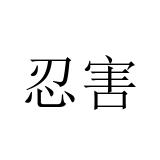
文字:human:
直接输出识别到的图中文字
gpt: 忍害